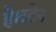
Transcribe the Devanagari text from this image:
है।स्टेन